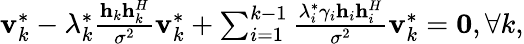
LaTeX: \begin{array}{r}{{\mathbf{v}}_{k}^{*}-\lambda_{k}^{*}\frac{{{{\mathbf{h}}_{k}}{\mathbf{h}}_{k}^{H}}}{{{\sigma^{2}}}}{\mathbf{v}}_{k}^{*}+\sum_{i=1}^{k-1}{\frac{{\lambda_{i}^{*}{\gamma_{i}}{{\mathbf{h}}_{i}}{\mathbf{h}}_{i}^{H}}}{{{\sigma^{2}}}}}{\mathbf{v}}_{k}^{*}={\mathbf{0}},\forall k,}\end{array}